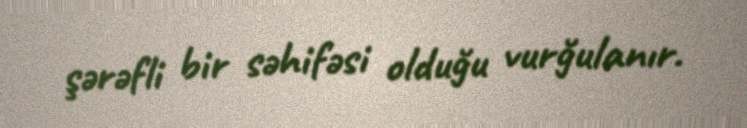
şərəfli bir səhifəsi olduğu vurğulanır.